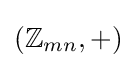
(\mathbb {Z} _{mn},+)